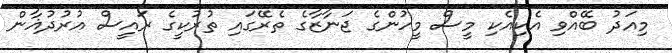
މިއަދު ބޭއްވި އެކިއެކި މީސް މީހުންގެ ޖަނާޒާގެ ތެރޭގައި ތުރުކީގެ ރައީސް އުރުދުޣާން